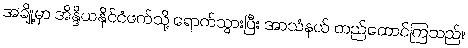
အချို့မှာ အိန္ဒိယနိုင်ငံဖက်သို့ ရောက်သွားပြီး အာသံနယ် တည်ထောင်ကြသည်။